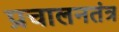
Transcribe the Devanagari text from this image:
प्रचालनतंत्र